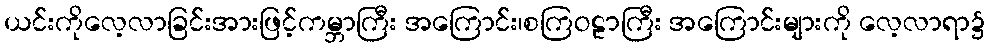
ယင်းကိုလေ့လာခြင်းအားဖြင့်ကမ္ဘာကြီး အကြောင်း၊စကြဝဠာကြီး အကြောင်းများကို လေ့လာရာ၌